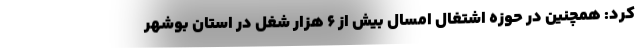
کرد: همچنین در حوزه اشتغال امسال بیش از ۶ هزار شغل در استان بوشهر